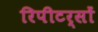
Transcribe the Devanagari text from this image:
रिपीटर्सों